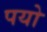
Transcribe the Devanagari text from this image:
पयो